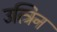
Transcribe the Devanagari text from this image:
उत्त्रिन